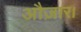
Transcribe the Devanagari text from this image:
औज़ार।